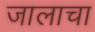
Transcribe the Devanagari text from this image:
जालाचा